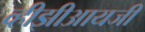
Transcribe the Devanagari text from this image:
व्हीझीआयजी